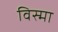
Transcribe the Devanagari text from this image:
विस्मा